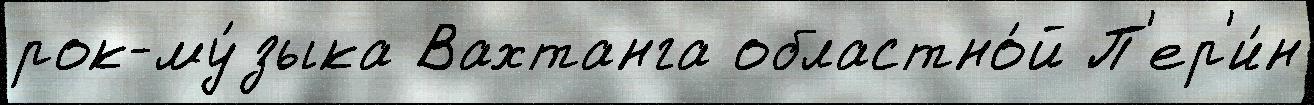
рок-му́зыка Вахтанга областно́й П'ер'и́н